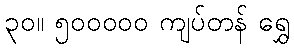
၃၀။ ၅၀၀၀၀၀ ကျပ်တန် ရွှေ